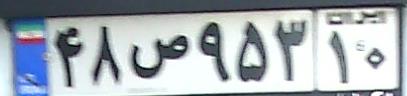
۴۸ص۹۵۳۱۰